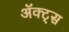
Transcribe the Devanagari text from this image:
ॲक्ट्स